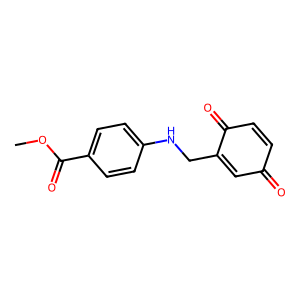
SMILES: COC(=O)c1ccc(NCC2=CC(=O)C=CC2=O)cc1
Inhibits HIV replication: No